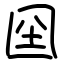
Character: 囶